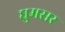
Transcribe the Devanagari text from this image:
घुमसर